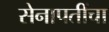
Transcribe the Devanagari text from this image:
सेनापतींचा